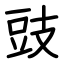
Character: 豉